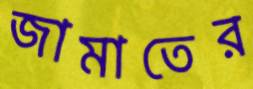
জামাতের